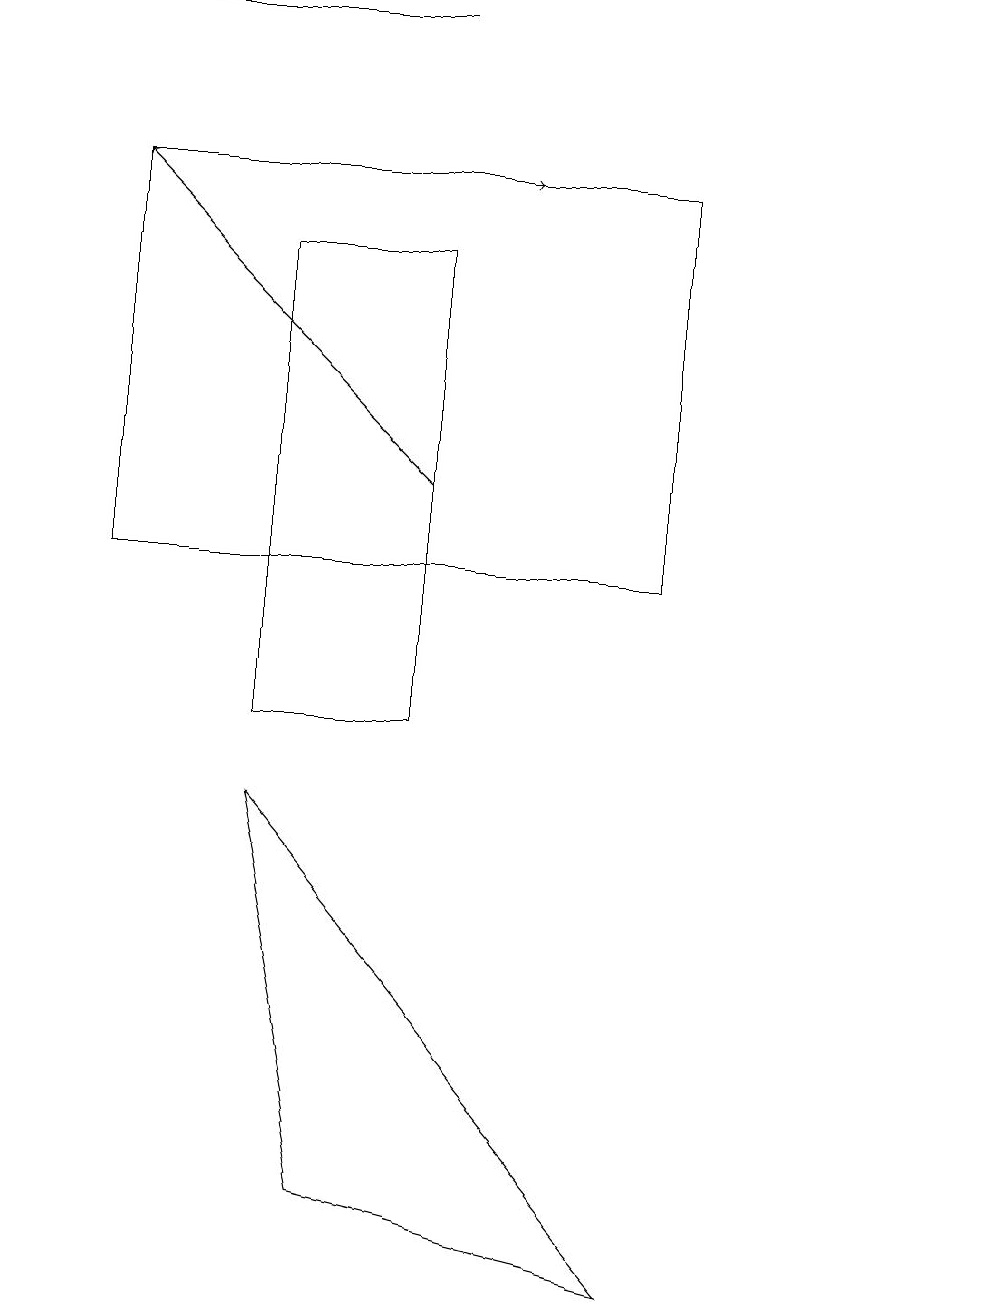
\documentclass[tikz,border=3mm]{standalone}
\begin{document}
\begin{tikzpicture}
\draw[->] (2,17) -- (6,17);
\draw (5,19) rectangle (0,19);
\draw (1,17) rectangle (8,12);
\draw[->] (5,13) -- (1,17);
\draw (12,12) circle (0);
\draw (8,3) -- (3,9) -- (4,4) -- cycle;
\draw (3,16) rectangle (5,10);
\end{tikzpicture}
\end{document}